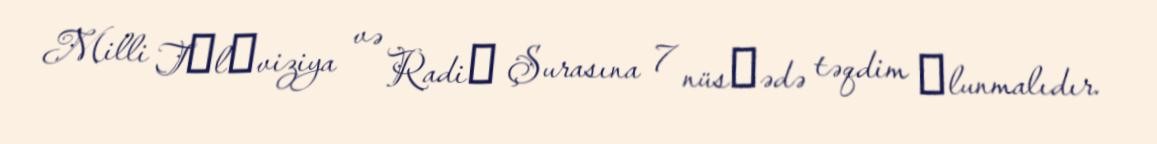
Milli Tеlеviziya və Radiо Şurasına 7 nüsхədə təqdim оlunmalıdır.